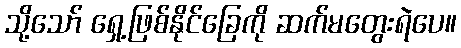
သို့သော် ရှေ့ဖြစ်နိုင်ခြေကို ဆက်မတွေးရဲပေ။